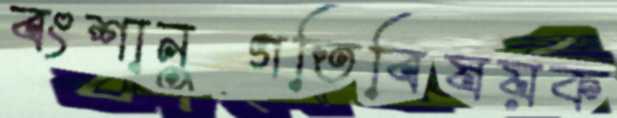
বংশানুগতিবিষয়ক